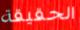
الحقيقة